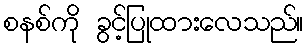
စနစ်ကို ခွင့်ပြုထားလေသည်။